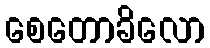
စေတောခိလော